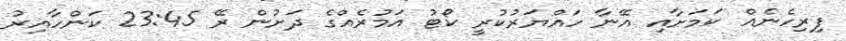
ފިރިހެނެއް ކަމަށާއި އޭނާ ހައްޔަރުކުރީ ކޯޓު އަމުރެއްގެ ދަށުން ރޭ 23:45 ކަންހާއިރު